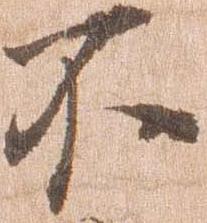
不